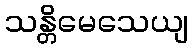
သန္တိမေသေယျ